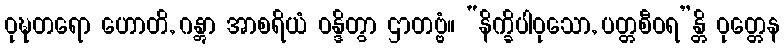
ဝုဍ္ဎတရော ဟောတိ, ဂန္တွာ အာစရိယံ ဝန္ဒိတွာ ဌာတဗ္ဗံ။ “နိက္ခိပါဝုသော, ပတ္တစီဝရ”န္တိ ဝုတ္တေန